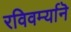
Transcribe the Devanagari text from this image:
रविवर्म्यानॆ